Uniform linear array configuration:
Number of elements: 48
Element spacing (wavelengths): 0.25
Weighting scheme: exponential
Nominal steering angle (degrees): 0
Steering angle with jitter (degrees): -1.574
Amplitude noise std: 0.05
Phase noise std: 0.05

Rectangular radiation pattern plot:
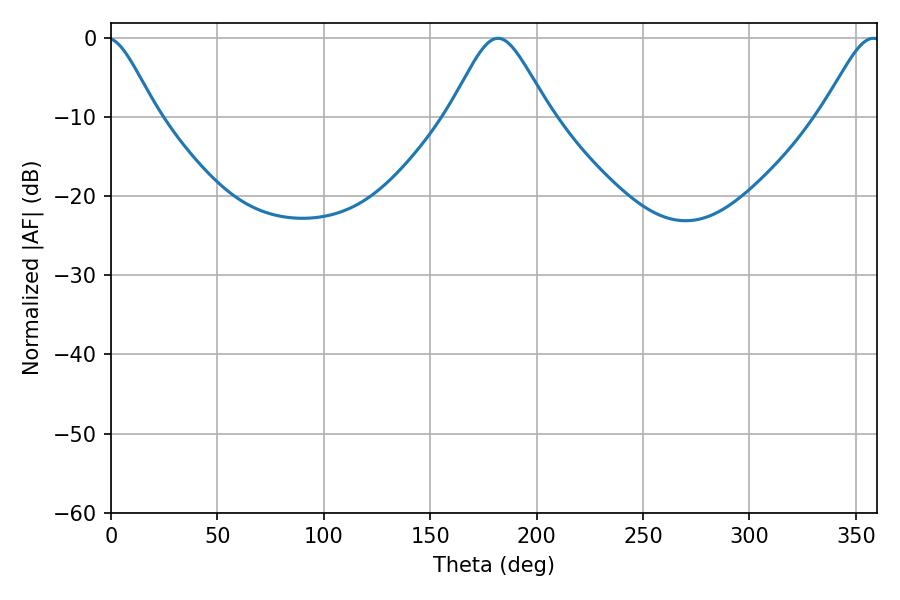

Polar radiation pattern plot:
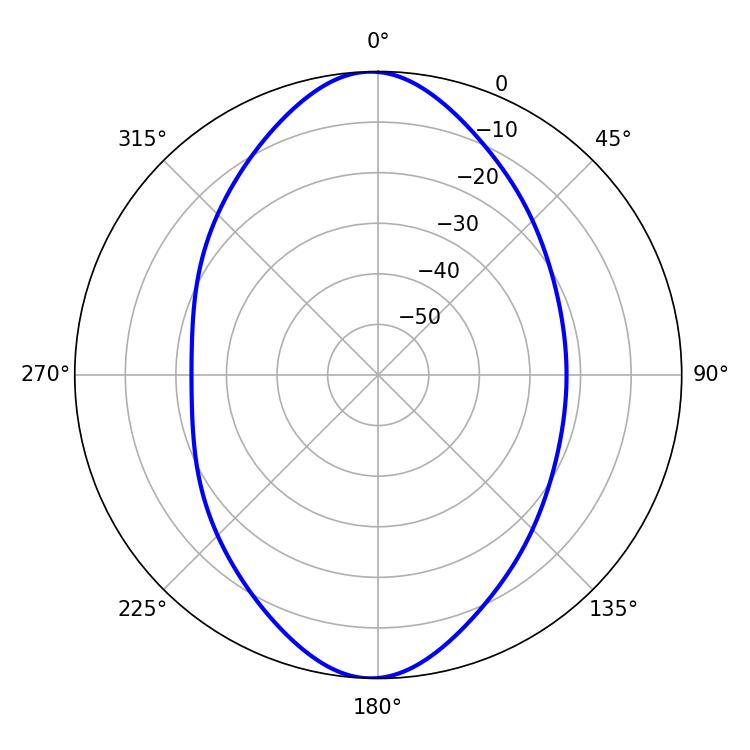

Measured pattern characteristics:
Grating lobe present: FALSE
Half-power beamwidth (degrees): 23.04
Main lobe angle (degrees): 181.8